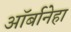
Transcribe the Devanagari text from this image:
ऑर्बानेहा